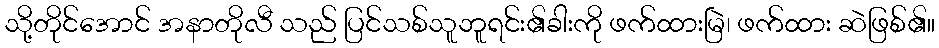
သို့တိုင်အောင် အနာတိုလီ သည် ပြင်သစ်သူဘူရင်း၏ခါးကို ဖက်ထားမြဲ၊ ဖက်ထား ဆဲဖြစ်၏။